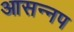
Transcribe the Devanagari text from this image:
आसन्नप